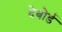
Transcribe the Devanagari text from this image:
देबोर्ड